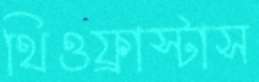
থিওফ্রাস্টাস